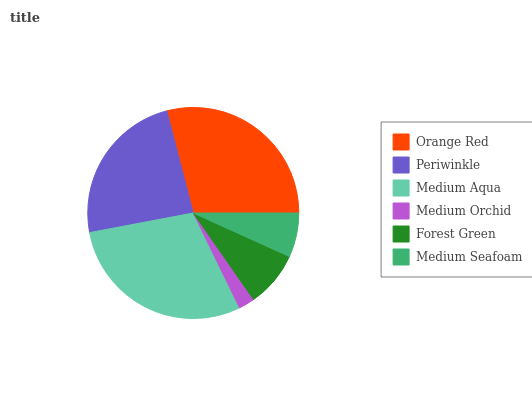
| Orange Red | Periwinkle | Medium Aqua | Medium Orchid | Forest Green | Medium Seafoam |
 | --- | --- | --- | --- | --- | --- |
 | 29% | 23.9% | 29.3% | 2.45% | 8.56% | 6.77% |